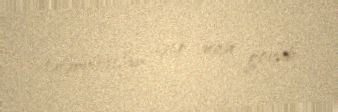
təfərrüatlar işıq üzü görüb.